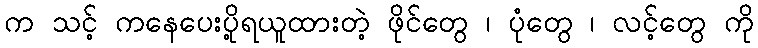
က သင့် ကနေပေးပို့ရယူထားတဲ့ ဖိုင်တွေ ၊ ပုံတွေ ၊ လင့်တွေ ကို